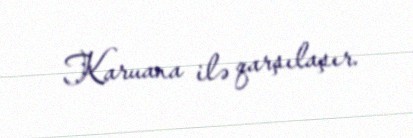
Karuana ilə qarşılaşır.